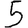
Digit: 5